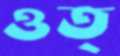
ওত্